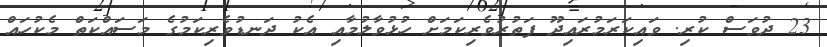
23 ދުވަސް ކުރި. ވައިކަރަމުރައިދޫ ފަތުރުވެރިކަމަށް ހުޅުވާލުމާއި އެކު ދަނޑުވެރިކަމުގެ މަސައްކަތް މެކުހައް